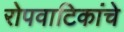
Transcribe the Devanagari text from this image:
रोपवाटिकांचे